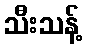
သီးသန့်